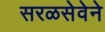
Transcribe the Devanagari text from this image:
सरळसेवेने